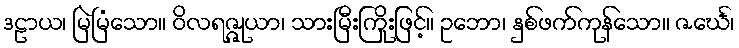
ဒဠာယ၊ မြဲမြံသော။ ဝိလရဇ္ဇုယာ၊ သားမြီးကြိုးဖြင့်။ ဥဘော၊ နှစ်ဖက်ကုန်သော။ ဇင်္ဃေ၊